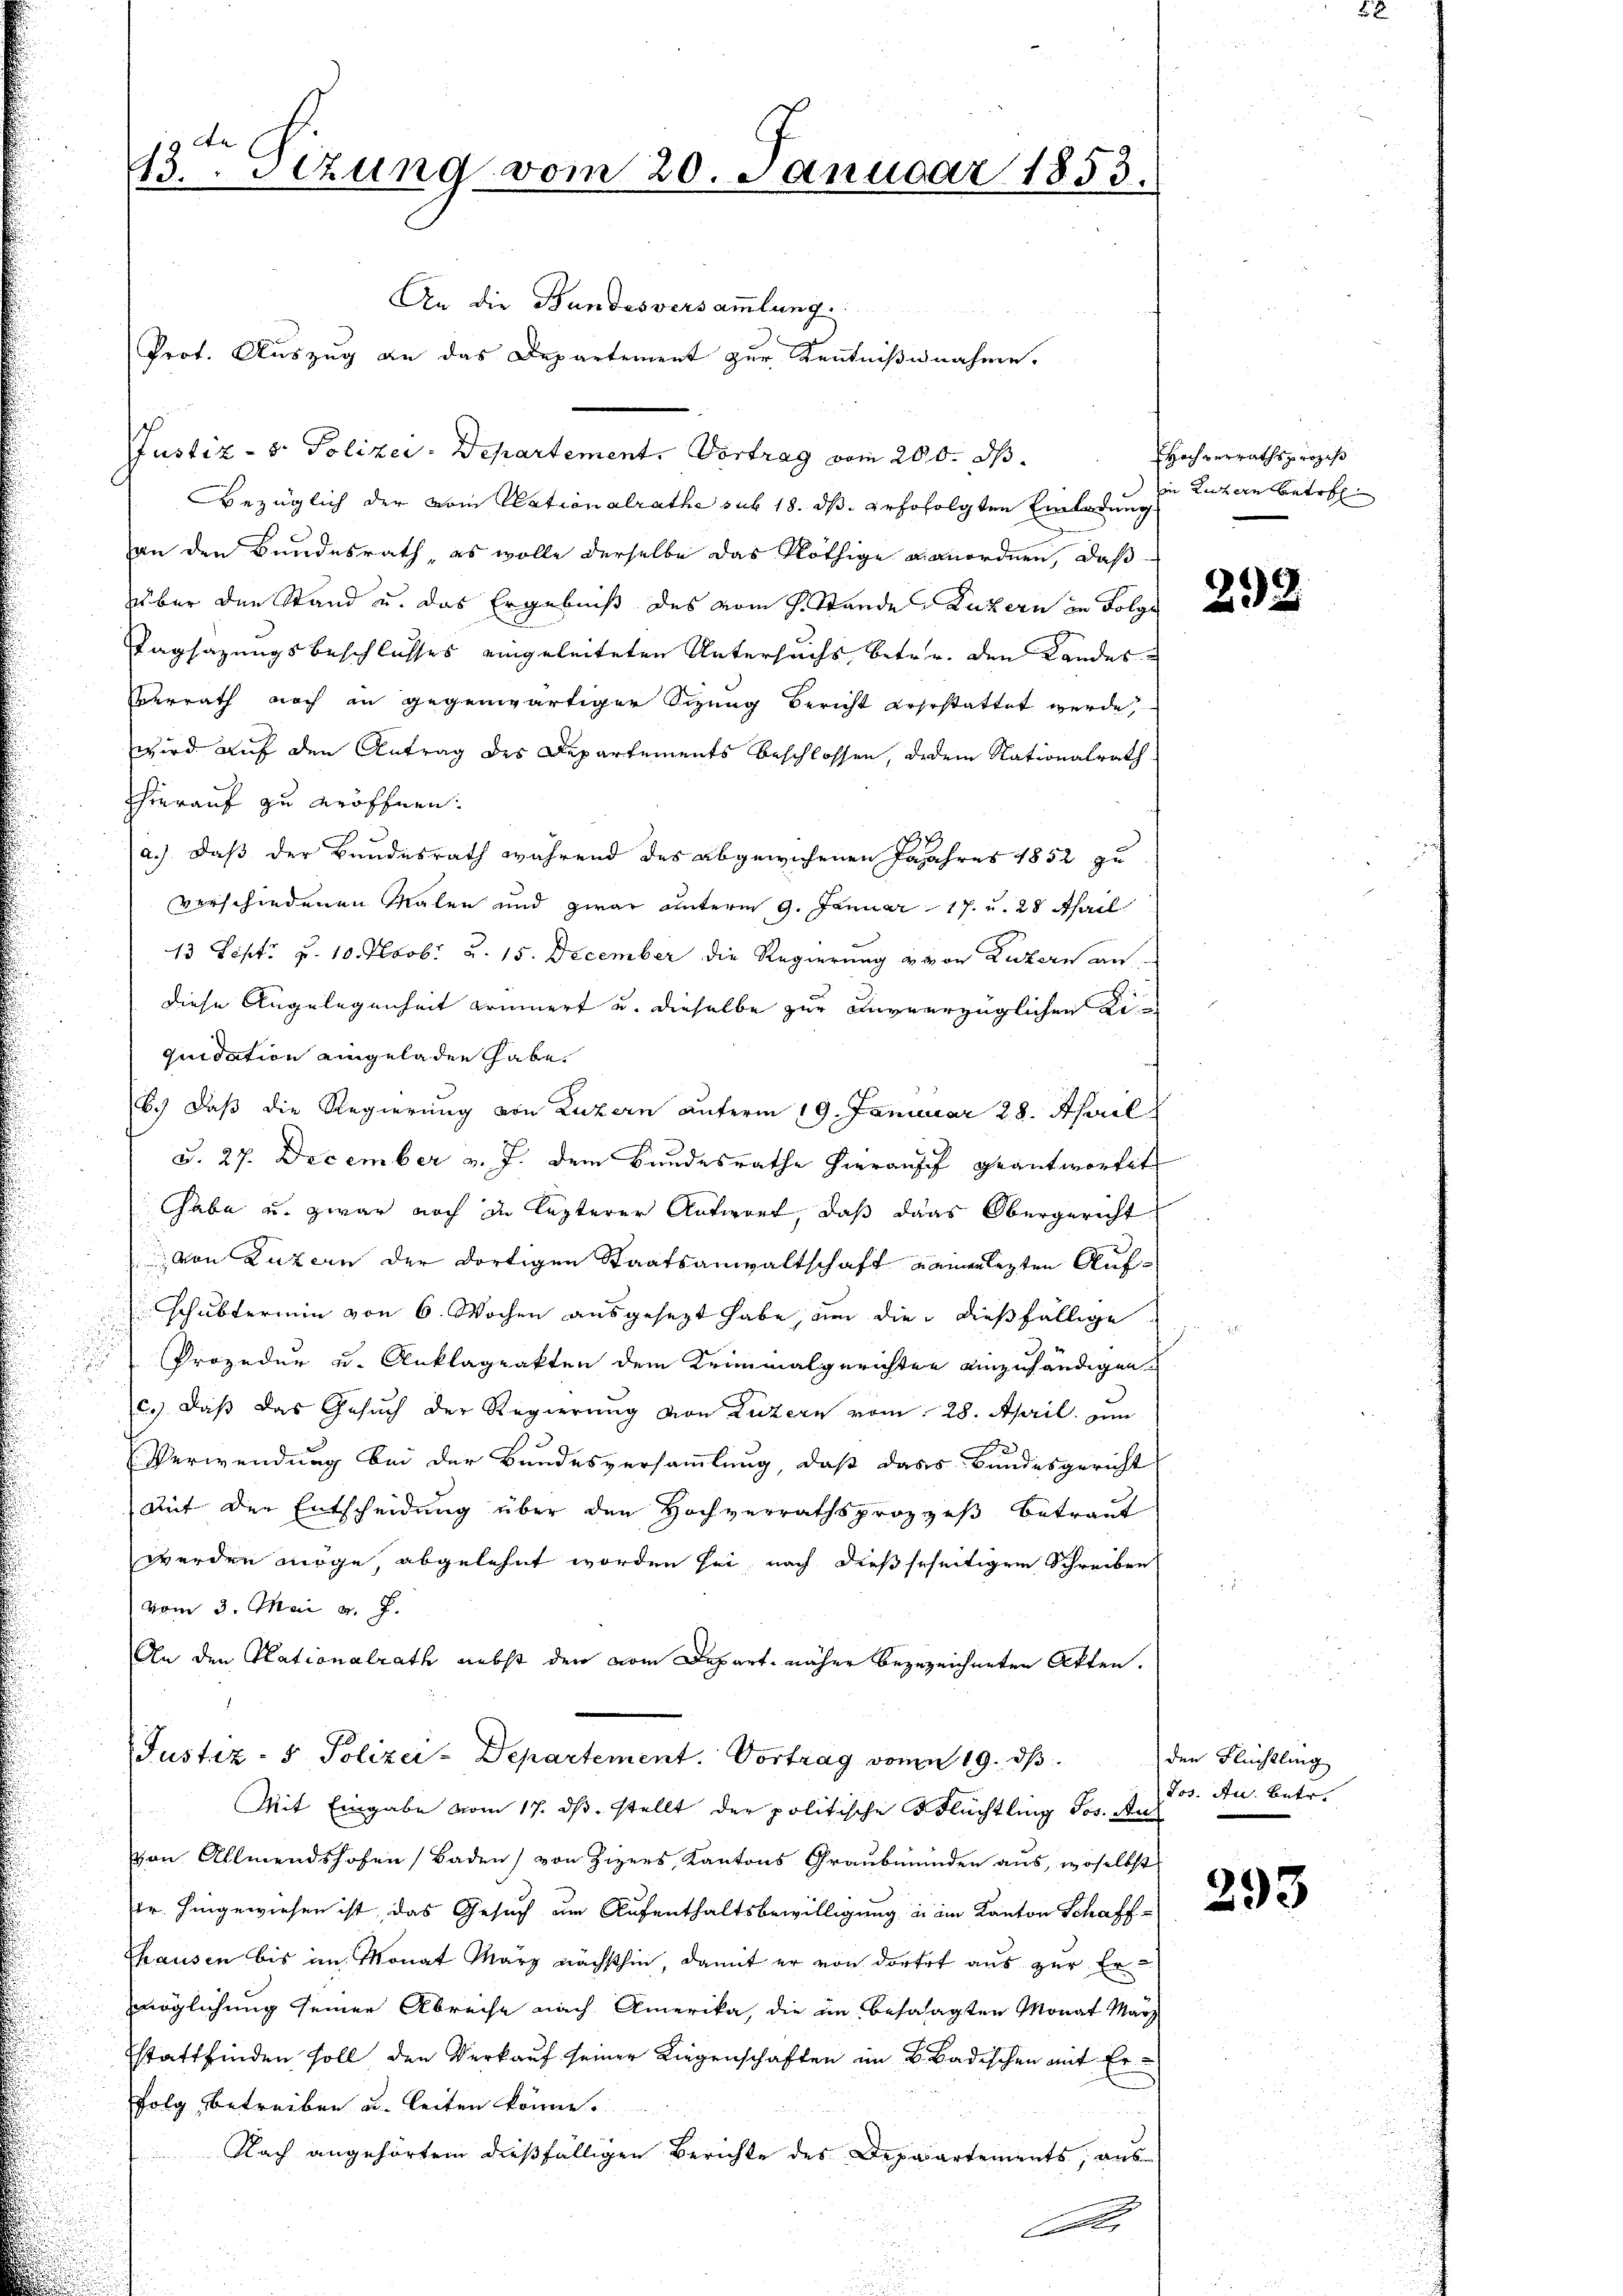
i

413. Sizung vom 20. Januar 1853.

An die Bundesversammlung.
Prot. Auszug an das Departement zur Kenntnißnahme.
Justiz- & Polizey-Departement. Vortrag vom 200. d.
Bezüglich der vom Stationalrathe sub 18. ds. erhofolgten Einladung
an den Bundesrath, es wolle derselbe das Nöthige manordnen, daß
über den Stand u. das Ergebniß des vom H. Stande Luzern in Folge
Tagsazungsbeschlusses eingeleiteten Untersuchs betr. den Landes¬
Verrath noch an gegenwärtiger Sizung Bericht ergestattet werde,
wird auf den Antrag des Departements beschlossen, dedem Nationalrath
Thierauf zu eröffnen.
a.) Daß der Bundesrath während des abgewiesenen Jahres 1852 zu
verschiedenen Malen und zwar unterm 9. Januar 17. u. 28 Thail
13 Sept. u. 10. Novbr. v. 15. December die Regierung von Luzern an
diese Angelegenheit erinnert u. dieselbe zur unverzüglichen Di
quidation eingeladen habe.
b.) Daß die Regierung von Luzern unterm 19. Januar 28. April
§. 27. December v. J. dem Bundesrathe hierauff geantwortet
habe u. zwar noch in lezterer Antwort, daß das Obergericht
 von Luzern der dortigen Staatsanwaltschaft namenlezten Aufschultermin von 6 Wochen ausgesezt habe, um die dießfällige
Prozedur u. Anklageakten dem Kriminalgerichten einzuhändigen
c.) Daß das Gesuch der Regierung von Luzern vom 28. April zum
Verwendung bei der Bundesversammlung, daß dass Bundesgericht
auf der Entscheidung über den Hochverrathsprozzeβ betraut
werden möge abgelehnt worden sei, nach dießseseitigem Schreiben
vom 3. Mai v. J.
An den Plationalrath nebst den vom Depart näher bezezeichneten Atten.
Justiz- & Polizei-Departement. Vortrag vom 19. ds.
Mit Eingabe vom 17. ds. stellt der politische Flüchtling Jos. Auvon Allmendshofen Baden) von Ziers, Kantons Graubünden aŭs, woselbst
r. hingewiesen ist, das Gesuch um Aufenthaltsbewilligung in am Kanton Schaff-
Thausen bis im Monat März nächsthin, damit er von dortet aus zur Ermöglichung seiner Abreise nach Amerika, die im besalagten Monat März
stattfinden soll den Verkauf seiner Liegenschaften im B. Badischen mit Erfolg betreiben u. leiten könne.

Nach angehörtem dießfälligen Berichte des Depaartements, aus
A

Hochverrathsprozes
in Luzern betre

292

den Flüchtling
Jos. Aa. Betr.

293